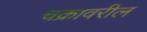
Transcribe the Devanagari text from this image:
चक्रावरील